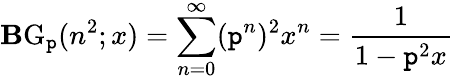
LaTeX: \operatorname{\mathbf{B}G}_{\mathtt{p}}(n^{2};x)=\sum_{n=0}^{\infty}(\mathtt{p}^{n})^{2}x^{n}={\frac{{1}}{{1-\mathtt{p}^{2}x}}}